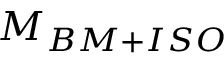
M _ { B M + I S O }